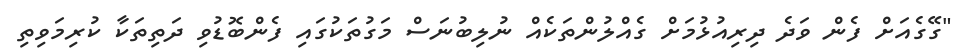
"ގޭގެއަށް ފެން ވަދެ ދިރިއުޅުމަށް ގެއްލުންތަކެއް ނުލިބުނަސް މަގުތަކުގައި ފެންބޮޑުވި ދަތިތަކާ ކުރިމަވިތި